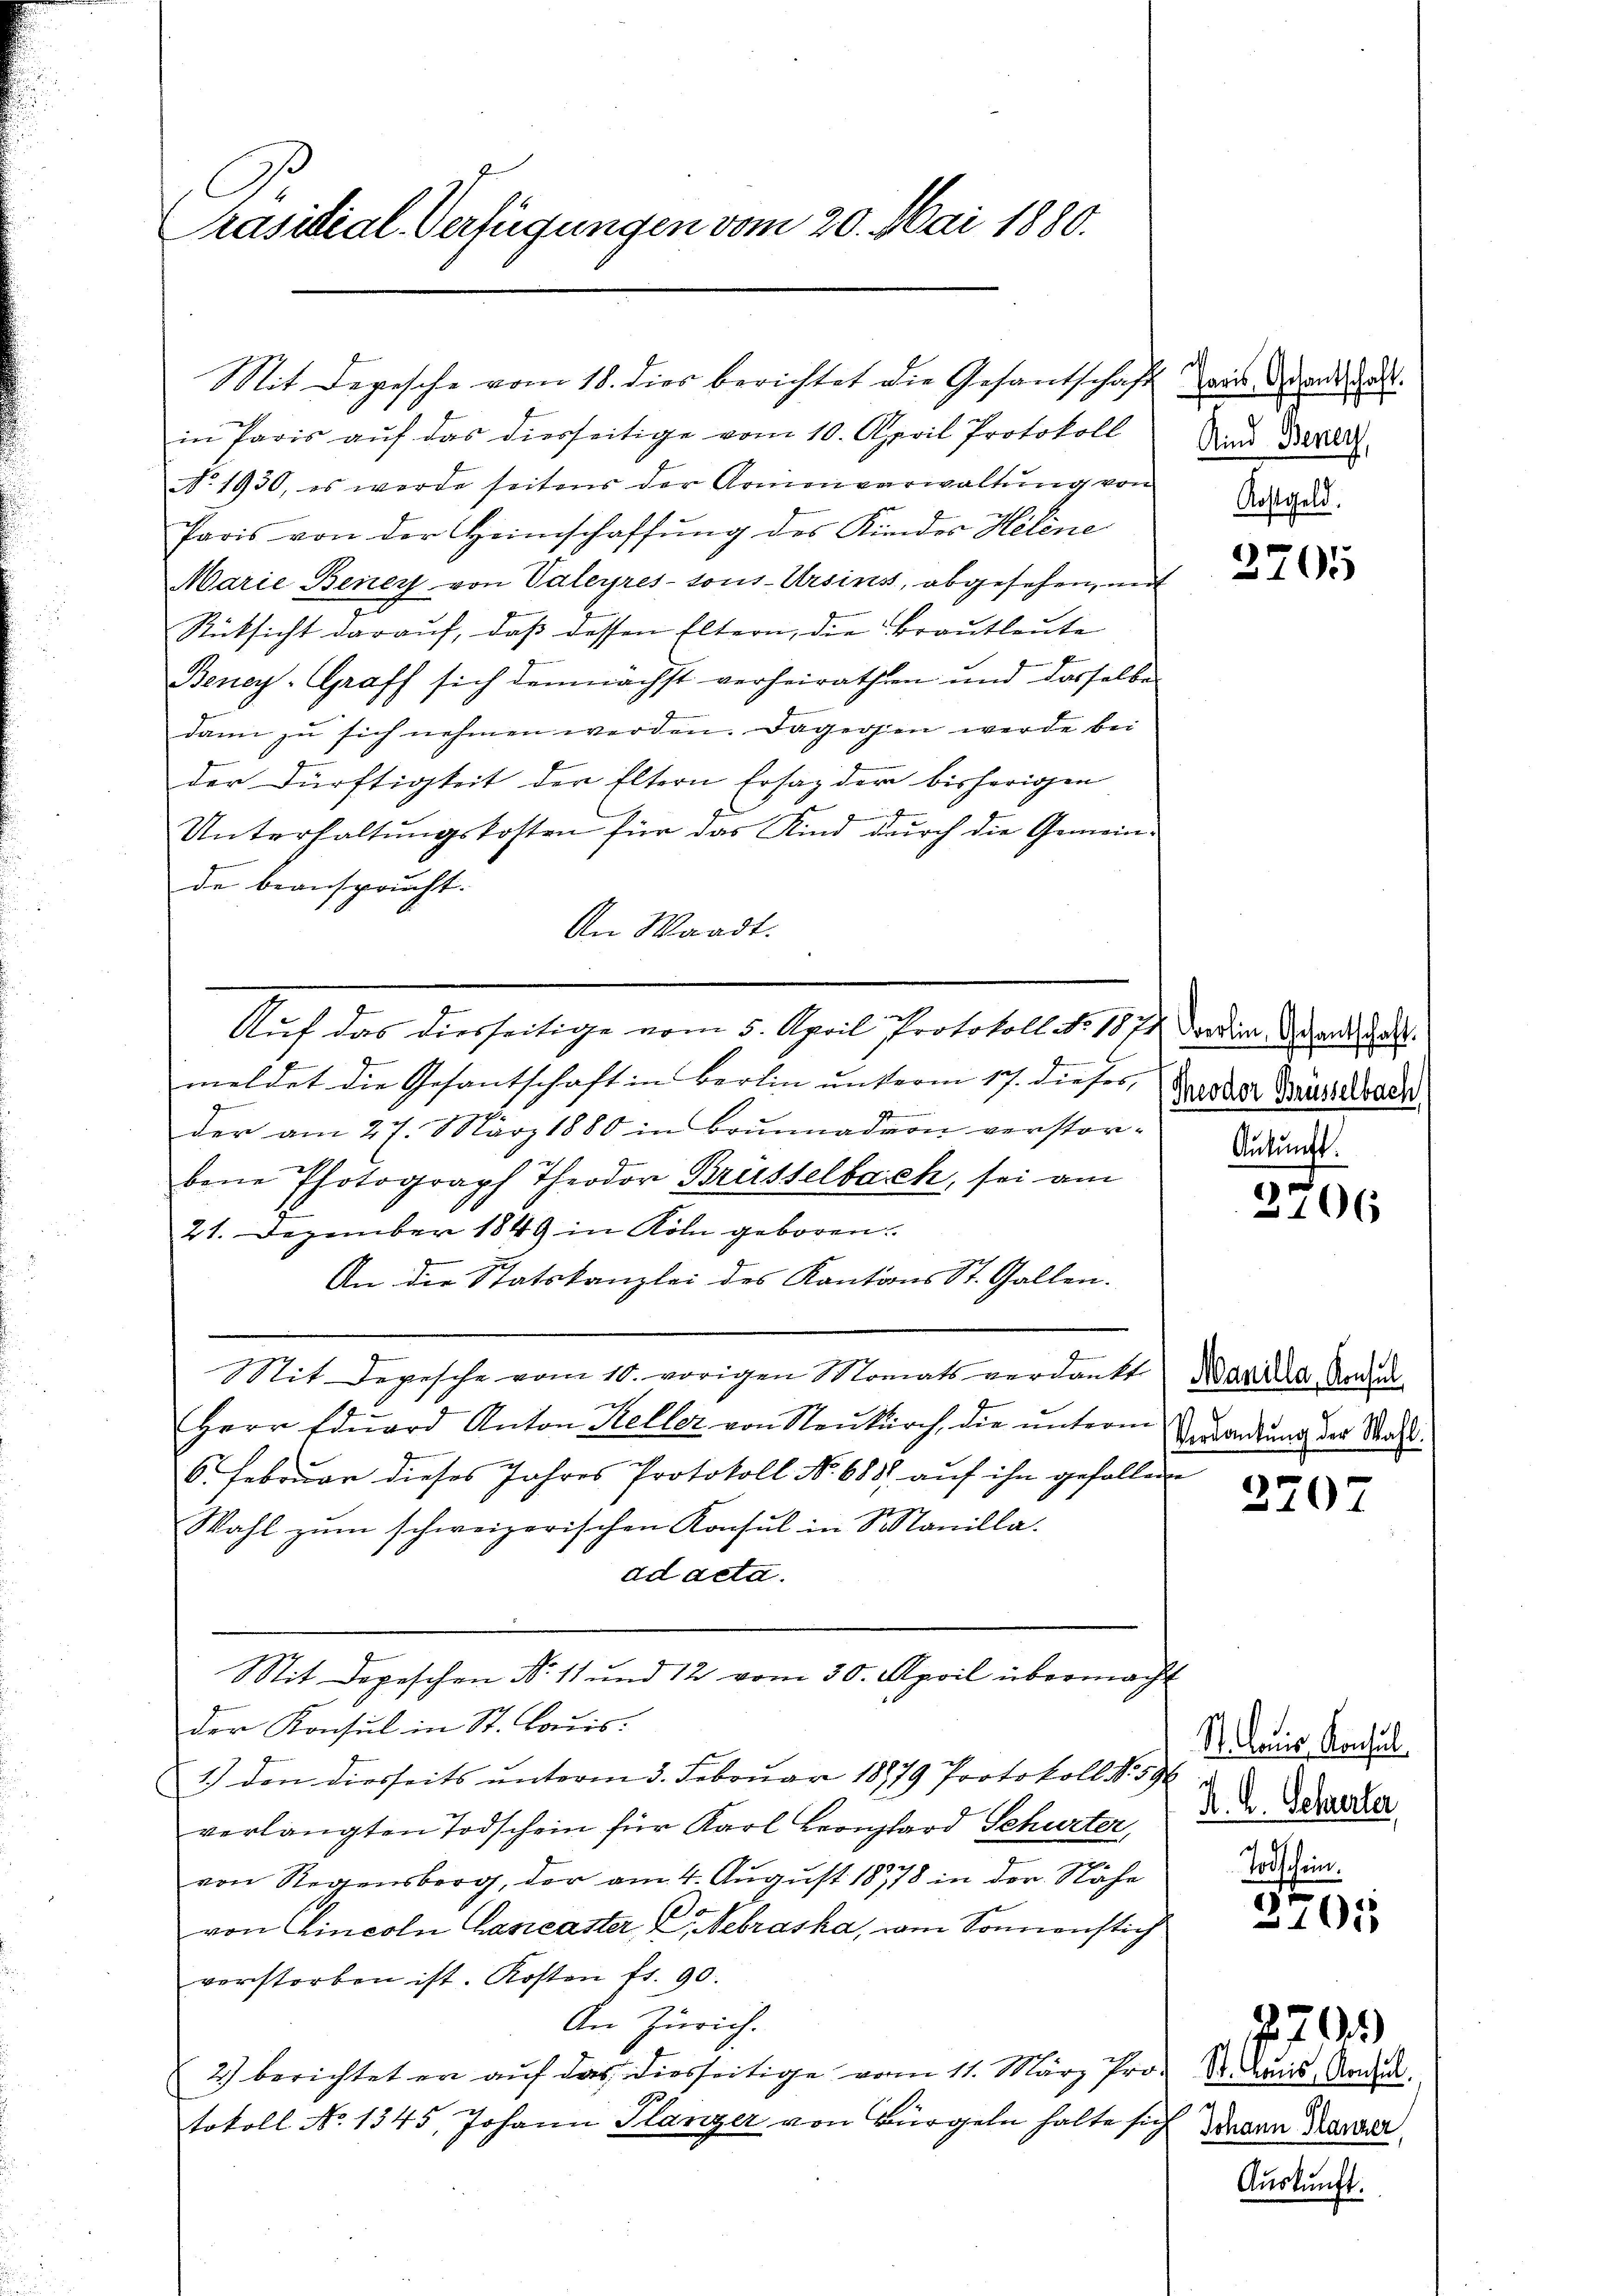
Präsidial-Verfügungen vom 20. Mai 1880.

Mit Depesche vom 18. dies berichtet die Gesantschaft wie andelt.

in Paris aŭf das diesseitige vom 10. April Protokoll und 38800.
No 1930, es werde seitens der Armenverwaltŭng von Wegen
Paris von der Heimschaffung des Kindes Helene
Marie Beney von Valeyres-sons-Ursins, abgesehen, mit
Rücksicht darauf, daß dessen Eltern, die Brautleute
Beney-Graff sich demnächst verheirathen und dasselbe
dann zu sich nehmen werden. Dagegen werde bei
der Dürftigkeit der Eltern Ersatz der bisherigen
.
Unterhaltungskosten für das Kind durch die Gemein-
de beansprucht.
An Waadt.
meldet die Gesantschaft in Berlin unterm 17. dieser Broder Mäntelbark
i
der am 27. März 1880 in Brŭnnad von verstor-
bene Photograph Theodor Brüsselbach, sei am
21. Dezember 1849 in Köln geboren.
An die Statskanzlei des Kantons St. Gallen.
Sit Depesche vom 10. vorigen Monats verdankt
h
Herr Edŭard Anton Keller von Neŭkŭrch die ŭnterm
6. Februar dieses Jahres Protokoll No 688. auf ihn gefallen
Wahl zŭm schweizerischen Konsul in Manilla-
ad acta.
Mit Depeschen N. 11 und 12 vom 30. April übermacht
der Konsul in St. Louis-
1.) den diesseits unterm 3. Februar 18979 Protokoll No. 596
verlangten Todschein für Karl Leonhard Schurter,
von Regensberg, der am 4. August 1878 in der Nähe
.
von Eincoln Cancaster, 2, Nebraska, wie Sonnenstich
verstorben ist. Kosten fr. 90.
An Zürich.
2) berichtet er auf das diesseitige vom 11. März Protokoll No 1345, Johann Planzer von Bürgeln halte sich

Auf das diesseitige vom 5. April Protokoll No 1874 der in Brandat.

2705

Ankunft.

2706

Manilla, Konsul
Verdankung der Wahl.

270

St. Marie Konsul
K. H. Schauerter,

.
105

St. Louis, Konsul
Johann Glanzer,

.70

Auskunft.